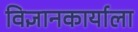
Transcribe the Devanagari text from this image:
विज्ञानकार्याला